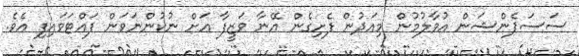
ސަސަޕެންޝަން އުވާލުމުން މިއަދުން ފެށިގެން އޭނާ ވަޒީފާ އަށް ނުކުންނަވަން ފައްޓަވައިފި އެވެ.